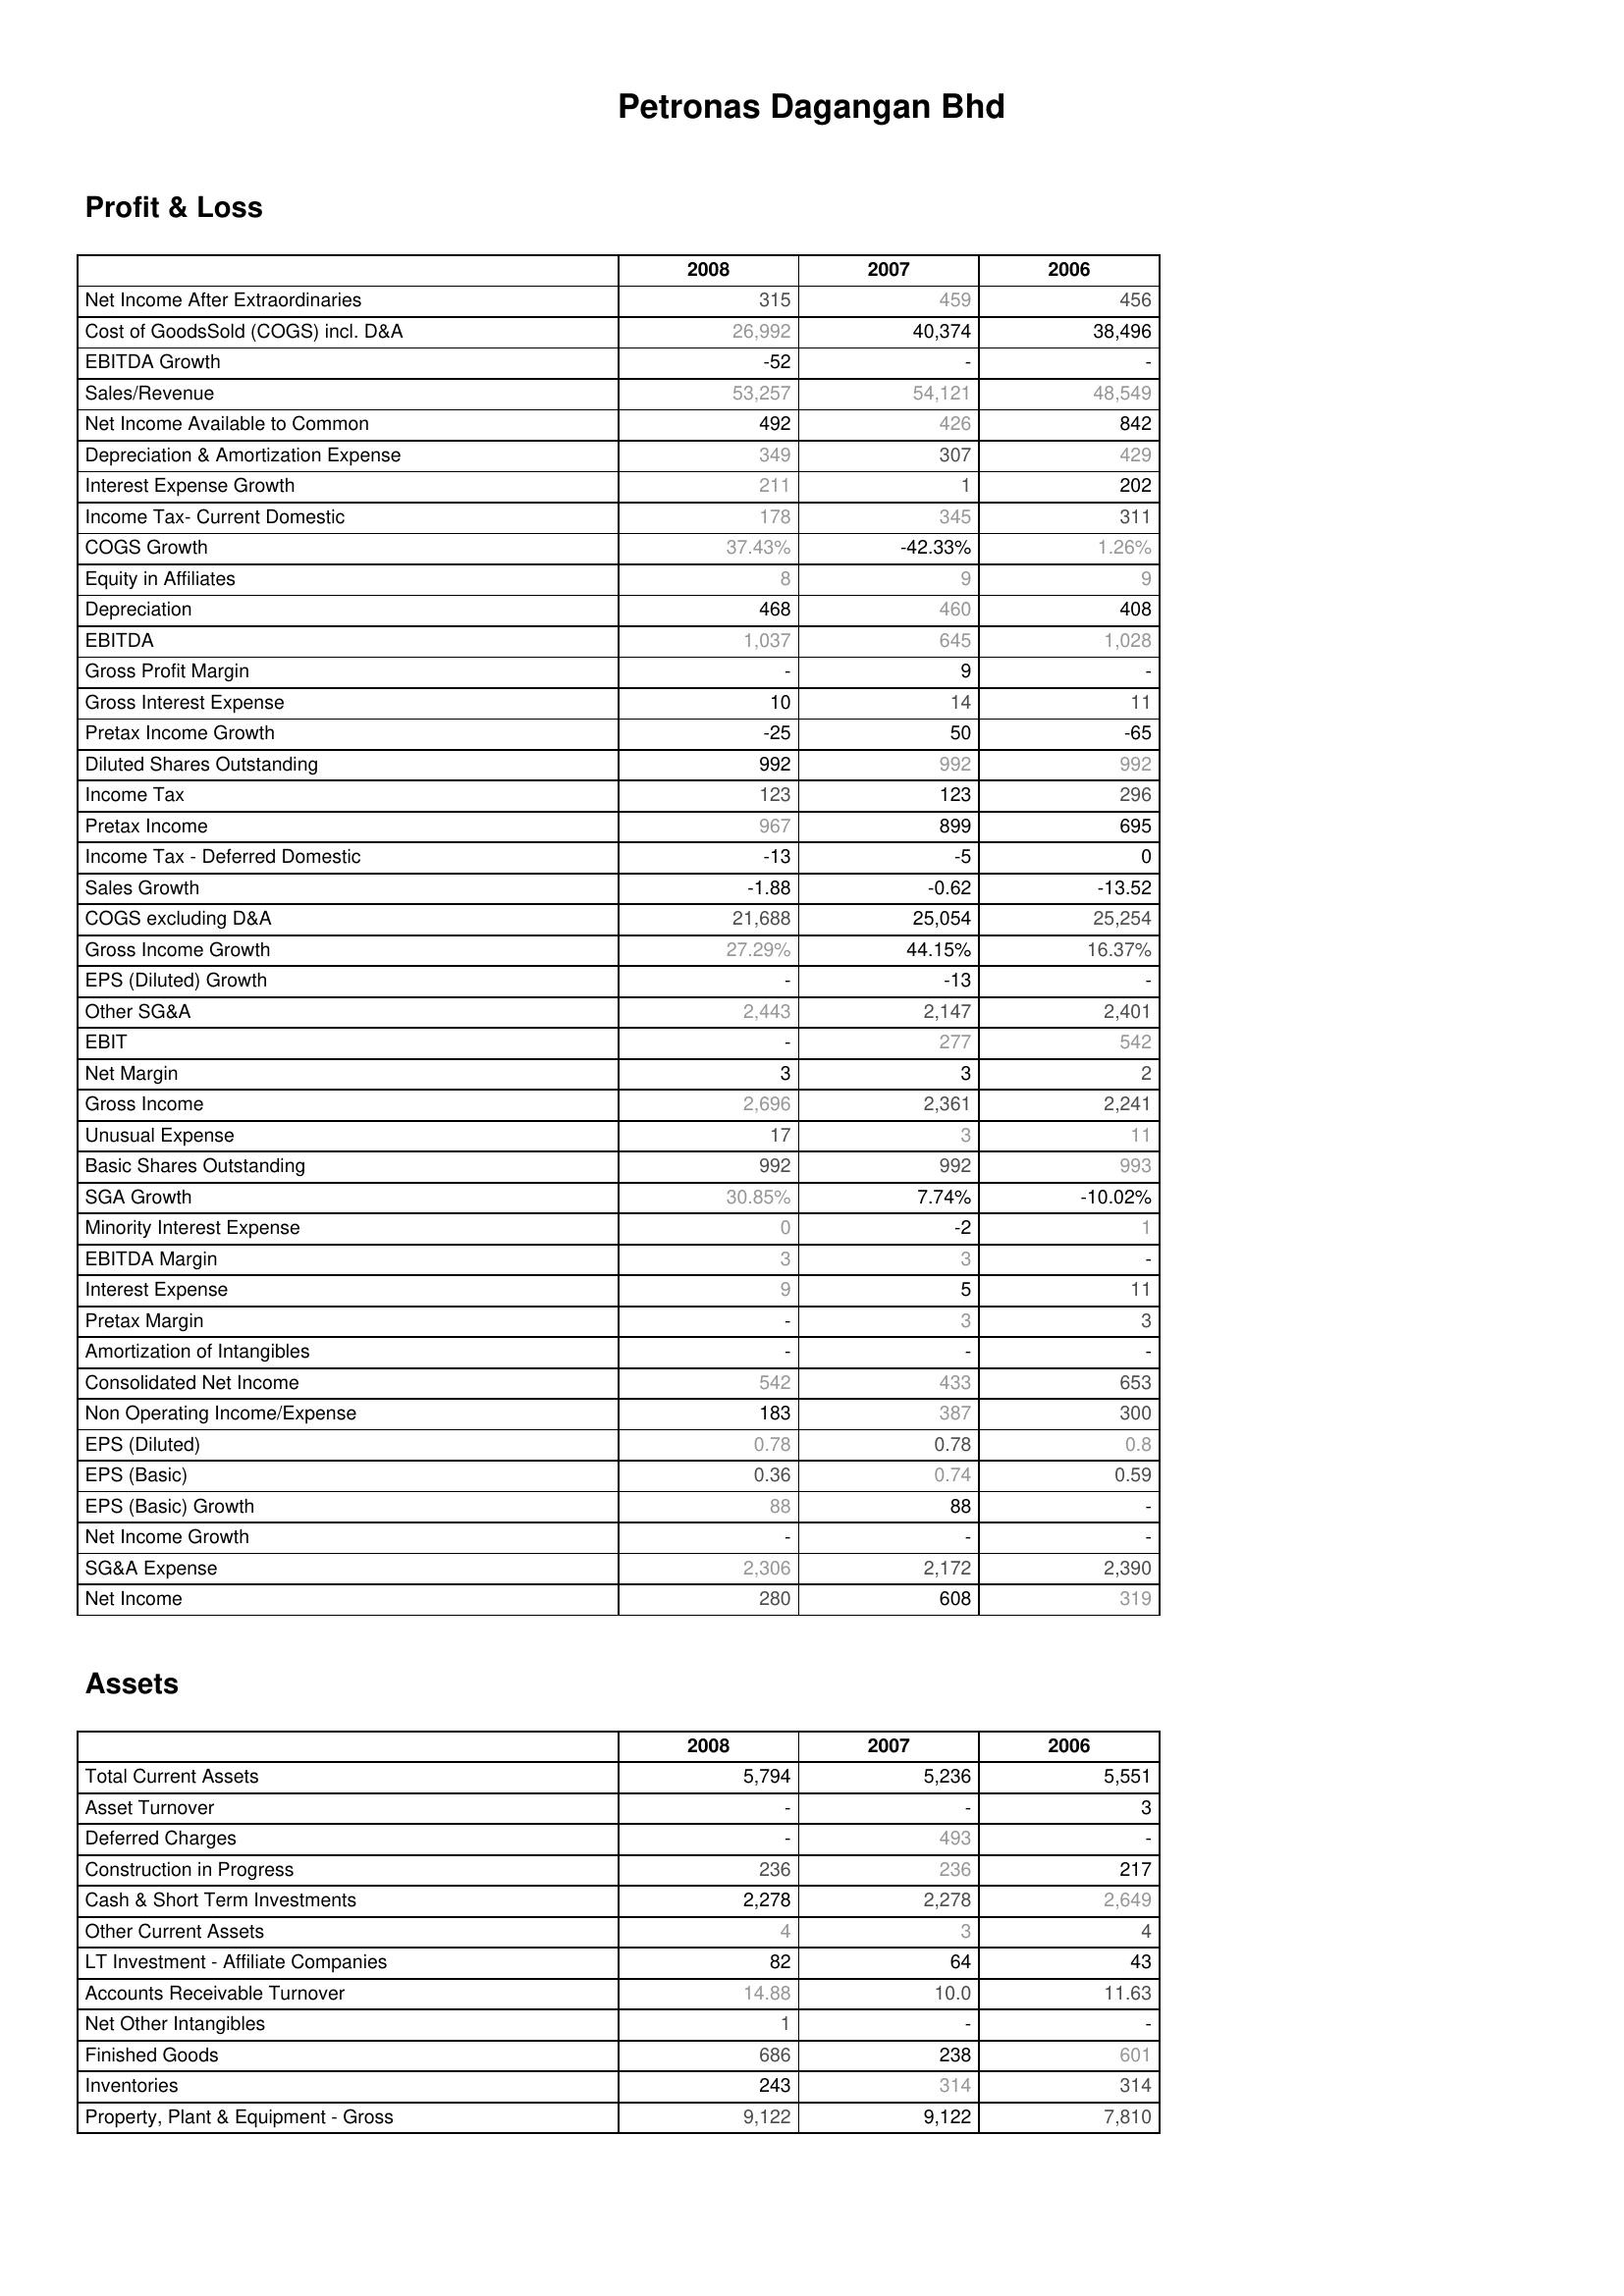
2008: Profit & Loss: Net Income After Extraordinaries: 315
Cost of GoodsSold (COGS) incl. D&A: 26,992
EBITDA Growth: -52
Sales/Revenue: 53,257
Net Income Available to Common: 492
Depreciation & Amortization Expense: 349
Interest Expense Growth: 211
Income Tax- Current Domestic: 178
COGS Growth: 37.43%
Equity in Affiliates: 8
Depreciation: 468
EBITDA: 1,037
Gross Profit Margin: -
Gross Interest Expense: 10
Pretax Income Growth: -25
Diluted Shares Outstanding: 992
Income Tax: 123
Pretax Income: 967
Income Tax - Deferred Domestic: -13
Sales Growth: -1.88
COGS excluding D&A: 21,688
Gross Income Growth: 27.29%
EPS (Diluted) Growth: -
Other SG&A: 2,443
EBIT: -
Net Margin: 3
Gross Income: 2,696
Unusual Expense: 17
Basic Shares Outstanding: 992
SGA Growth: 30.85%
Minority Interest Expense: 0
EBITDA Margin: 3
Interest Expense: 9
Pretax Margin: -
Amortization of Intangibles: -
Consolidated Net Income: 542
Non Operating Income/Expense: 183
EPS (Diluted): 0.78
EPS (Basic): 0.36
EPS (Basic) Growth: 88
Net Income Growth: -
SG&A Expense: 2,306
Net Income: 280
Assets: Total Current Assets: 5,794
Asset Turnover: -
Deferred Charges: -
Construction in Progress: 236
Cash & Short Term Investments: 2,278
Other Current Assets: 4
LT Investment - Affiliate Companies: 82
Accounts Receivable Turnover: 14.88
Net Other Intangibles: 1
Finished Goods: 686
Inventories: 243
Property, Plant & Equipment - Gross : 9,122
2007: Profit & Loss: Net Income After Extraordinaries: 459
Cost of GoodsSold (COGS) incl. D&A: 40,374
EBITDA Growth: -
Sales/Revenue: 54,121
Net Income Available to Common: 426
Depreciation & Amortization Expense: 307
Interest Expense Growth: 1
Income Tax- Current Domestic: 345
COGS Growth: -42.33%
Equity in Affiliates: 9
Depreciation: 460
EBITDA: 645
Gross Profit Margin: 9
Gross Interest Expense: 14
Pretax Income Growth: 50
Diluted Shares Outstanding: 992
Income Tax: 123
Pretax Income: 899
Income Tax - Deferred Domestic: -5
Sales Growth: -0.62
COGS excluding D&A: 25,054
Gross Income Growth: 44.15%
EPS (Diluted) Growth: -13
Other SG&A: 2,147
EBIT: 277
Net Margin: 3
Gross Income: 2,361
Unusual Expense: 3
Basic Shares Outstanding: 992
SGA Growth: 7.74%
Minority Interest Expense: -2
EBITDA Margin: 3
Interest Expense: 5
Pretax Margin: 3
Amortization of Intangibles: -
Consolidated Net Income: 433
Non Operating Income/Expense: 387
EPS (Diluted): 0.78
EPS (Basic): 0.74
EPS (Basic) Growth: 88
Net Income Growth: -
SG&A Expense: 2,172
Net Income: 608
Assets: Total Current Assets: 5,236
Asset Turnover: -
Deferred Charges: 493
Construction in Progress: 236
Cash & Short Term Investments: 2,278
Other Current Assets: 3
LT Investment - Affiliate Companies: 64
Accounts Receivable Turnover: 10.0
Net Other Intangibles: -
Finished Goods: 238
Inventories: 314
Property, Plant & Equipment - Gross : 9,122
2006: Profit & Loss: Net Income After Extraordinaries: 456
Cost of GoodsSold (COGS) incl. D&A: 38,496
EBITDA Growth: -
Sales/Revenue: 48,549
Net Income Available to Common: 842
Depreciation & Amortization Expense: 429
Interest Expense Growth: 202
Income Tax- Current Domestic: 311
COGS Growth: 1.26%
Equity in Affiliates: 9
Depreciation: 408
EBITDA: 1,028
Gross Profit Margin: -
Gross Interest Expense: 11
Pretax Income Growth: -65
Diluted Shares Outstanding: 992
Income Tax: 296
Pretax Income: 695
Income Tax - Deferred Domestic: 0
Sales Growth: -13.52
COGS excluding D&A: 25,254
Gross Income Growth: 16.37%
EPS (Diluted) Growth: -
Other SG&A: 2,401
EBIT: 542
Net Margin: 2
Gross Income: 2,241
Unusual Expense: 11
Basic Shares Outstanding: 993
SGA Growth: -10.02%
Minority Interest Expense: 1
EBITDA Margin: -
Interest Expense: 11
Pretax Margin: 3
Amortization of Intangibles: -
Consolidated Net Income: 653
Non Operating Income/Expense: 300
EPS (Diluted): 0.8
EPS (Basic): 0.59
EPS (Basic) Growth: -
Net Income Growth: -
SG&A Expense: 2,390
Net Income: 319
Assets: Total Current Assets: 5,551
Asset Turnover: 3
Deferred Charges: -
Construction in Progress: 217
Cash & Short Term Investments: 2,649
Other Current Assets: 4
LT Investment - Affiliate Companies: 43
Accounts Receivable Turnover: 11.63
Net Other Intangibles: -
Finished Goods: 601
Inventories: 314
Property, Plant & Equipment - Gross : 7,810